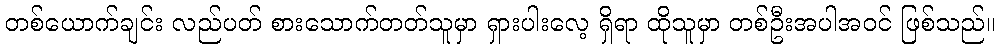
တစ်ယောက်ချင်း လည်ပတ် စားသောက်တတ်သူမှာ ရှားပါးလေ့ ရှိရာ ထိုသူမှာ တစ်ဦးအပါအဝင် ဖြစ်သည်။